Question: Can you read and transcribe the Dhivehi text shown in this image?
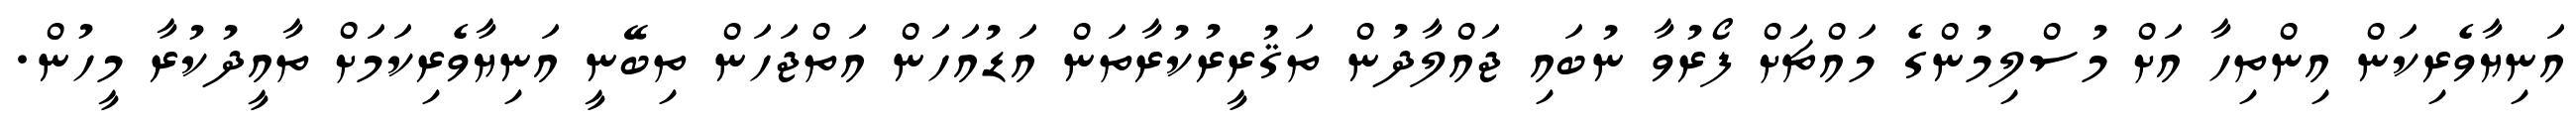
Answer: އަނިޔާވެރިކަން އިންތިހާ އަށް މުސްލިމުންގެ މައްޗަށް ފޯރުވާ ނުބައި ޖައްލާދުން ތަޤުރީރުކުރާތަން އަޑުއަހަން އަތްޖަހަން ތިބޭނީ އަނިޔާވެރިކަމަށް ތާއީދުކުރާ މީހުން.